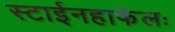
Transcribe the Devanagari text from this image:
स्टाईनहाफेलः